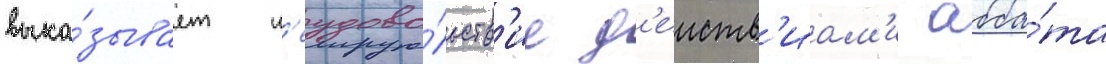
выка́зывает н'еудово́льств'ие д'еиств'иам'и абба́та